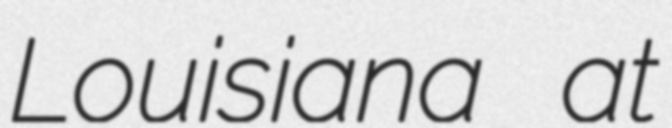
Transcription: Louisiana at